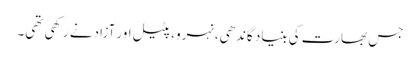
جس بھارت کی بنیاد گاندھی،نہرو، پٹیل اور آزادنے رکھی تھی۔